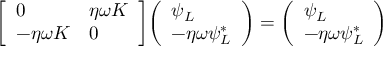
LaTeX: { \left[ \begin{array} { l l } { 0 } & { \eta \omega K } \\ { - \eta \omega K } & { 0 } \end{array} \right] } { \left( \begin{array} { l } { \psi _ { L } } \\ { - \eta \omega \psi _ { L } ^ { * } } \end{array} \right) } = { \left( \begin{array} { l } { \psi _ { L } } \\ { - \eta \omega \psi _ { L } ^ { * } } \end{array} \right) }